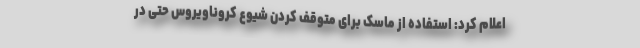
اعلام کرد: استفاده از ماسک برای متوقف کردن شیوع کروناویروس حتی در